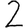
Digit: 2